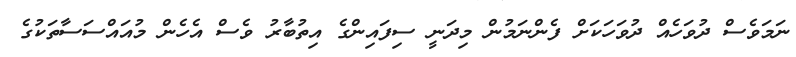
ނަމަވެސް ދުވަހެއް ދުވަހަކަށް ފެންނަމުން މިދަނީ ސިފައިންގެ އިތުބާރު ވެސް އެހެން މުއައްސަސާތަކުގެ